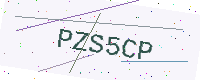
Text: PZS5CP